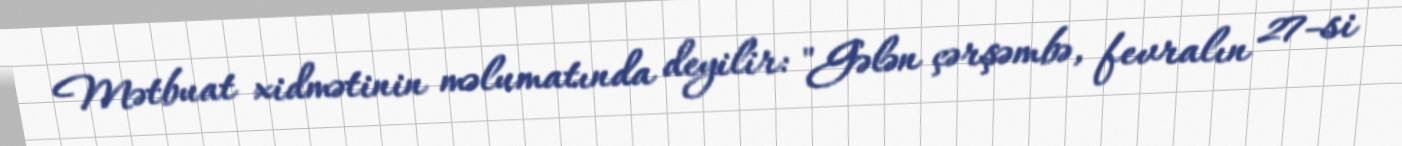
Mətbuat xidmətinin məlumatında deyilir: "Gələn çərşəmbə, fevralın 27-si